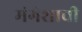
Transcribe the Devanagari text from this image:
मंगेशाची